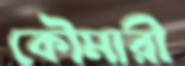
কৌমারী